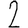
Digit: 2